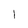
Character: I